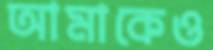
আমাকেও